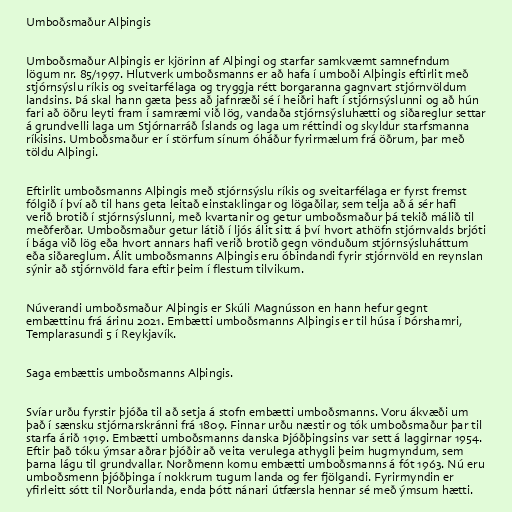
Umboðsmaður Alþingis

Umboðsmaður Alþingis er kjörinn af Alþingi og starfar samkvæmt samnefndum
lögum nr. 85/1997. Hlutverk umboðsmanns er að hafa í umboði Alþingis eftirlit með
stjórnsýslu ríkis og sveitarfélaga og tryggja rétt borgaranna gagnvart stjórnvöldum
landsins. Þá skal hann gæta þess að jafnræði sé í heiðri haft í stjórnsýslunni og að hún
fari að öðru leyti fram í samræmi við lög, vandaða stjórnsýsluhætti og siðareglur settar
á grundvelli laga um Stjórnarráð Íslands og laga um réttindi og skyldur starfsmanna
ríkisins. Umboðsmaður er í störfum sínum óháður fyrirmælum frá öðrum, þar með
töldu Alþingi.

Eftirlit umboðsmanns Alþingis með stjórnsýslu ríkis og sveitarfélaga er fyrst fremst
fólgið í því að til hans geta leitað einstaklingar og lögaðilar, sem telja að á sér hafi
verið brotið í stjórnsýslunni, með kvartanir og getur umboðsmaður þá tekið málið til
meðferðar. Umboðsmaður getur látið í ljós álit sitt á því hvort athöfn stjórnvalds brjóti
í bága við lög eða hvort annars hafi verið brotið gegn vönduðum stjórnsýsluháttum
eða siðareglum. Álit umboðsmanns Alþingis eru óbindandi fyrir stjórnvöld en reynslan
sýnir að stjórnvöld fara eftir þeim í flestum tilvikum.

Núverandi umboðsmaður Alþingis er Skúli Magnússon en hann hefur gegnt
embættinu frá árinu 2021. Embætti umboðsmanns Alþingis er til húsa í Þórshamri,
Templarasundi 5 í Reykjavík.

Saga embættis umboðsmanns Alþingis.

Svíar urðu fyrstir þjóða til að setja á stofn embætti umboðsmanns. Voru ákvæði um
það í sænsku stjórnarskránni frá 1809. Finnar urðu næstir og tók umboðsmaður þar til
starfa árið 1919. Embætti umboðsmanns danska Þjóðþingsins var sett á laggirnar 1954.
Eftir það tóku ýmsar aðrar þjóðir að veita verulega athygli þeim hugmyndum, sem
þarna lágu til grundvallar. Norðmenn komu embætti umboðsmanns á fót 1963. Nú eru
umboðsmenn þjóðþinga í nokkrum tugum landa og fer fjölgandi. Fyrirmyndin er
yfirleitt sótt til Norðurlanda, enda þótt nánari útfærsla hennar sé með ýmsum hætti.